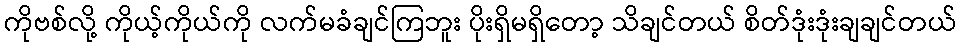
ကိုဗစ်လို့ ကိုယ့်ကိုယ်ကို လက်မခံချင်ကြဘူး ပိုးရှိမရှိတော့ သိချင်တယ် စိတ်ဒုံးဒုံးချချင်တယ်